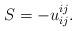
LaTeX: \begin{align*}S=-u^{ij}_{ij}.\end{align*}